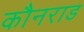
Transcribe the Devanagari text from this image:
कौनराड